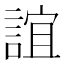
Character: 誼